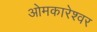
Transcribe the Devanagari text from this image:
ओमकारेश्वर